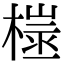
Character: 𪳢